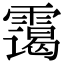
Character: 霭